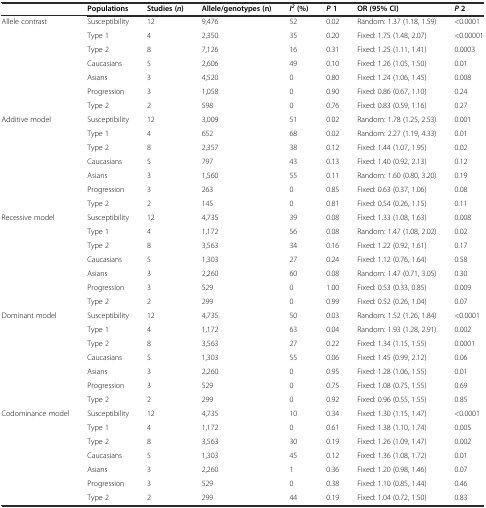
<table><thead><tr><td></td><td><b>Populations</b></td><td><b>Studies (<i>n</i>)</b></td><td><b>Allele/genotypes (n)</b></td><td><b><i>I</i><sup><i>2</i></sup>(%)</b></td><td><b><i>P</i>1</b></td><td><b>OR (95% CI)</b></td><td><b><i>P</i>2</b></td></tr></thead><tbody><tr><td>Allele contrast</td><td>Susceptibility</td><td>12</td><td>9,476</td><td>52</td><td>0.02</td><td>Random: 1.37 (1.18, 1.59)</td><td>&lt;0.0001</td></tr><tr><td></td><td>Type 1</td><td>4</td><td>2,350</td><td>35</td><td>0.20</td><td>Fixed: 1.75 (1.48, 2.07)</td><td>&lt;0.00001</td></tr><tr><td></td><td>Type 2</td><td>8</td><td>7,126</td><td>16</td><td>0.31</td><td>Fixed: 1.25 (1.11, 1.41)</td><td>0.0003</td></tr><tr><td></td><td>Caucasians</td><td>5</td><td>2,606</td><td>49</td><td>0.10</td><td>Fixed: 1.26 (1.05, 1.50)</td><td>0.01</td></tr><tr><td></td><td>Asians</td><td>3</td><td>4,520</td><td>0</td><td>0.80</td><td>Fixed: 1.24 (1.06, 1.45)</td><td>0.008</td></tr><tr><td></td><td>Progression</td><td>3</td><td>1,058</td><td>0</td><td>0.90</td><td>Fixed: 0.86 (0.67, 1.10)</td><td>0.24</td></tr><tr><td></td><td>Type 2</td><td>2</td><td>598</td><td>0</td><td>0.76</td><td>Fixed: 0.83 (0.59, 1.16)</td><td>0.27</td></tr><tr><td>Additive model</td><td>Susceptibility</td><td>12</td><td>3,009</td><td>51</td><td>0.02</td><td>Random: 1.78 (1.25, 2.53)</td><td>0.001</td></tr><tr><td></td><td>Type 1</td><td>4</td><td>652</td><td>68</td><td>0.02</td><td>Random: 2.27 (1.19, 4.33)</td><td>0.01</td></tr><tr><td></td><td>Type 2</td><td>8</td><td>2,357</td><td>38</td><td>0.12</td><td>Fixed: 1.44 (1.07, 1.95)</td><td>0.02</td></tr><tr><td></td><td>Caucasians</td><td>5</td><td>797</td><td>43</td><td>0.13</td><td>Fixed: 1.40 (0.92, 2.13)</td><td>0.12</td></tr><tr><td></td><td>Asians</td><td>3</td><td>1,560</td><td>55</td><td>0.11</td><td>Random: 1.60 (0.80, 3.20)</td><td>0.19</td></tr><tr><td></td><td>Progression</td><td>3</td><td>263</td><td>0</td><td>0.85</td><td>Fixed: 0.63 (0.37, 1.06)</td><td>0.08</td></tr><tr><td></td><td>Type 2</td><td>2</td><td>145</td><td>0</td><td>0.81</td><td>Fixed: 0.54 (0.26, 1.15)</td><td>0.11</td></tr><tr><td>Recessive model</td><td>Susceptibility</td><td>12</td><td>4,735</td><td>39</td><td>0.08</td><td>Fixed: 1.33 (1.08, 1.63)</td><td>0.008</td></tr><tr><td></td><td>Type 1</td><td>4</td><td>1,172</td><td>56</td><td>0.08</td><td>Random: 1.47 (1.08, 2.02)</td><td>0.02</td></tr><tr><td></td><td>Type 2</td><td>8</td><td>3,563</td><td>34</td><td>0.16</td><td>Fixed: 1.22 (0.92, 1.61)</td><td>0.17</td></tr><tr><td></td><td>Caucasians</td><td>5</td><td>1,303</td><td>27</td><td>0.24</td><td>Fixed: 1.12 (0.76, 1.64)</td><td>0.58</td></tr><tr><td></td><td>Asians</td><td>3</td><td>2,260</td><td>60</td><td>0.08</td><td>Random: 1.47 (0.71, 3.05)</td><td>0.30</td></tr><tr><td></td><td>Progression</td><td>3</td><td>529</td><td>0</td><td>1.00</td><td>Fixed: 0.53 (0.33, 0.85)</td><td>0.009</td></tr><tr><td></td><td>Type 2</td><td>2</td><td>299</td><td>0</td><td>0.99</td><td>Fixed: 0.52 (0.26, 1.04)</td><td>0.07</td></tr><tr><td>Dominant model</td><td>Susceptibility</td><td>12</td><td>4,735</td><td>50</td><td>0.03</td><td>Random: 1.52 (1.26, 1.84)</td><td>&lt;0.0001</td></tr><tr><td></td><td>Type 1</td><td>4</td><td>1,172</td><td>63</td><td>0.04</td><td>Random: 1.93 (1.28, 2.91)</td><td>0.002</td></tr><tr><td></td><td>Type 2</td><td>8</td><td>3,563</td><td>27</td><td>0.22</td><td>Fixed: 1.34 (1.15, 1.55)</td><td>0.0001</td></tr><tr><td></td><td>Caucasians</td><td>5</td><td>1,303</td><td>55</td><td>0.06</td><td>Fixed: 1.45 (0.99, 2.12)</td><td>0.06</td></tr><tr><td></td><td>Asians</td><td>3</td><td>2,260</td><td>0</td><td>0.95</td><td>Fixed: 1.28 (1.06, 1.55)</td><td>0.01</td></tr><tr><td></td><td>Progression</td><td>3</td><td>529</td><td>0</td><td>0.75</td><td>Fixed: 1.08 (0.75, 1.55)</td><td>0.69</td></tr><tr><td></td><td>Type 2</td><td>2</td><td>299</td><td>0</td><td>0.92</td><td>Fixed: 0.96 (0.55, 1.55)</td><td>0.85</td></tr><tr><td>Codominance model</td><td>Susceptibility</td><td>12</td><td>4,735</td><td>10</td><td>0.34</td><td>Fixed: 1.30 (1.15, 1.47)</td><td>&lt;0.0001</td></tr><tr><td></td><td>Type 1</td><td>4</td><td>1,172</td><td>0</td><td>0.61</td><td>Fixed: 1.38 (1.10, 1.74)</td><td>0.005</td></tr><tr><td></td><td>Type 2</td><td>8</td><td>3,563</td><td>30</td><td>0.19</td><td>Fixed: 1.26 (1.09, 1.47)</td><td>0.002</td></tr><tr><td></td><td>Caucasians</td><td>5</td><td>1,303</td><td>45</td><td>0.12</td><td>Fixed: 1.36 (1.08, 1.72)</td><td>0.01</td></tr><tr><td></td><td>Asians</td><td>3</td><td>2,260</td><td>1</td><td>0.36</td><td>Fixed: 1.20 (0.98, 1.46)</td><td>0.07</td></tr><tr><td></td><td>Progression</td><td>3</td><td>529</td><td>0</td><td>0.38</td><td>Fixed: 1.10 (0.85, 1.44)</td><td>0.46</td></tr><tr><td></td><td>Type 2</td><td>2</td><td>299</td><td>44</td><td>0.19</td><td>Fixed: 1.04 (0.72, 1.50)</td><td>0.83</td></tr></tbody></table>